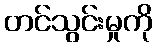
တင်သွင်းမှုကို